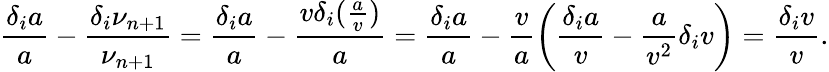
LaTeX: \frac{\delta_{i}a}{a}-\frac{\delta_{i}\nu_{n+1}}{\nu_{n+1}}=\frac{\delta_{i}a}{a}-\frac{v\delta_{i}(\frac{a}{v})}{a}=\frac{\delta_{i}a}{a}-\frac{v}{a}\left(\frac{\delta_{i}a}{v}-\frac{a}{v^{2}}\delta_{i}v\right)=\frac{\delta_{i}v}{v}.